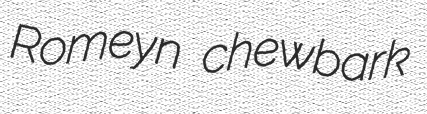
Romeyn chewbark